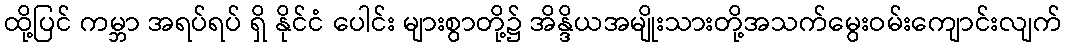
ထို့ပြင် ကမ္ဘာ အရပ်ရပ် ရှိ နိုင်ငံ ပေါင်း များစွာတို့၌ အိန္ဒိယအမျိုးသားတို့အသက်မွေးဝမ်းကျောင်းလျက်